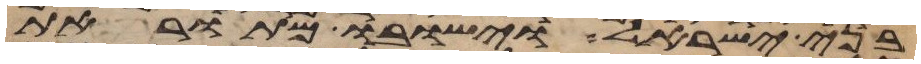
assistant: בני ישראל וישבו מתור את